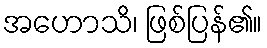
အဟောသိ၊ ဖြစ်ပြန်၏။